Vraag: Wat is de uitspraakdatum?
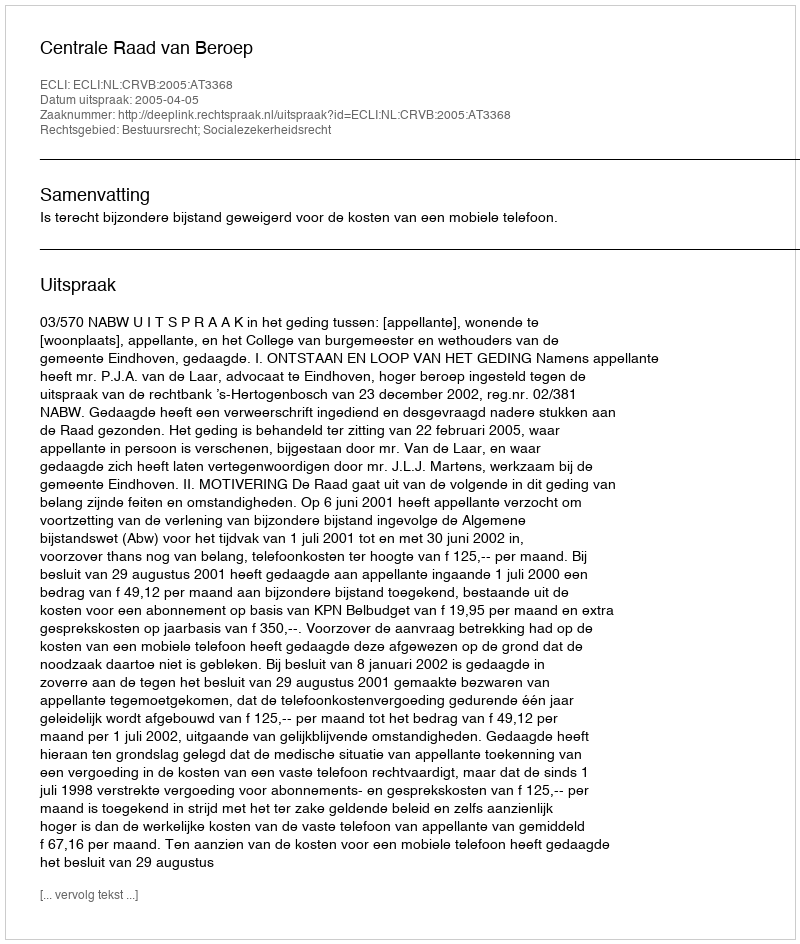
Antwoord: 2005-04-05